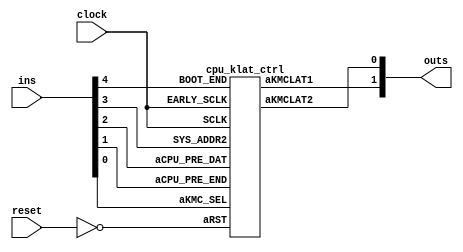
// 5 ins 2 outs
module nut_002_m270 (clock,reset,ins,outs);
input clock,reset;
input [4:0] ins;
output [1:0] outs;
cpu_klat_ctrl cpu_klat_ctrl_inst (
  .aRST(!reset),
  .aKMC_SEL(ins[0]),
  .aCPU_PRE_END(ins[1]),
  .aCPU_PRE_DAT(ins[2]),
  .SYS_ADDR2(ins[3]),
  .SCLK(clock),
  .EARLY_SCLK(clock),
  .BOOT_END(ins[4]),
  .aKMCLAT2(outs[0]),
  .aKMCLAT1(outs[1])
);
endmodule

module cpu_klat_ctrl(EARLY_SCLK,SCLK,aRST,BOOT_END,
       aCPU_PRE_DAT,aCPU_PRE_END,aKMC_SEL,SYS_ADDR2,
       aKMCLAT1,aKMCLAT2);
input  EARLY_SCLK,SCLK,aRST,BOOT_END;
input  aCPU_PRE_DAT,aCPU_PRE_END;
input  aKMC_SEL,SYS_ADDR2;
output aKMCLAT1,aKMCLAT2;
reg    aKMCLAT1,aKMCLAT2;
reg    n_mem_dat,n_mem_end;
wire   kmclat1_set,kmclat2_set,kmclat1_clr,kmclat2_clr;
always @(posedge SCLK or negedge aRST)
   
  if (aRST == 1'b0)
    begin
    n_mem_dat     = 1'b1;
    n_mem_end     = 1'b1;
    end
  else
    begin
    n_mem_dat     = aCPU_PRE_DAT;
    n_mem_end     = aCPU_PRE_END;
  end
assign kmclat1_set = !(aCPU_PRE_DAT | aKMC_SEL |  (SYS_ADDR2 ^ BOOT_END));
assign kmclat2_set = !(aCPU_PRE_DAT | aKMC_SEL | !(SYS_ADDR2 ^ BOOT_END)); 
assign kmclat1_clr = !n_mem_end | !(n_mem_dat | aKMC_SEL | !(SYS_ADDR2 ^ BOOT_END));
assign kmclat2_clr = !n_mem_end | !(n_mem_dat | aKMC_SEL |  (SYS_ADDR2 ^ BOOT_END));
always @(posedge EARLY_SCLK or negedge aRST)
   
  if (aRST == 1'b0)
    begin
    aKMCLAT1     = 1'b1;
    aKMCLAT2     = 1'b1;
    end
  else
    begin
    aKMCLAT1     = (kmclat1_clr ? 1'b1 :
                    kmclat1_set ? 1'b0 : aKMCLAT1);
    aKMCLAT2     = (kmclat2_clr ? 1'b1 :
                    kmclat2_set ? 1'b0 : aKMCLAT2);
    end
endmodule